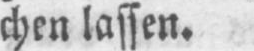
chen lassen.